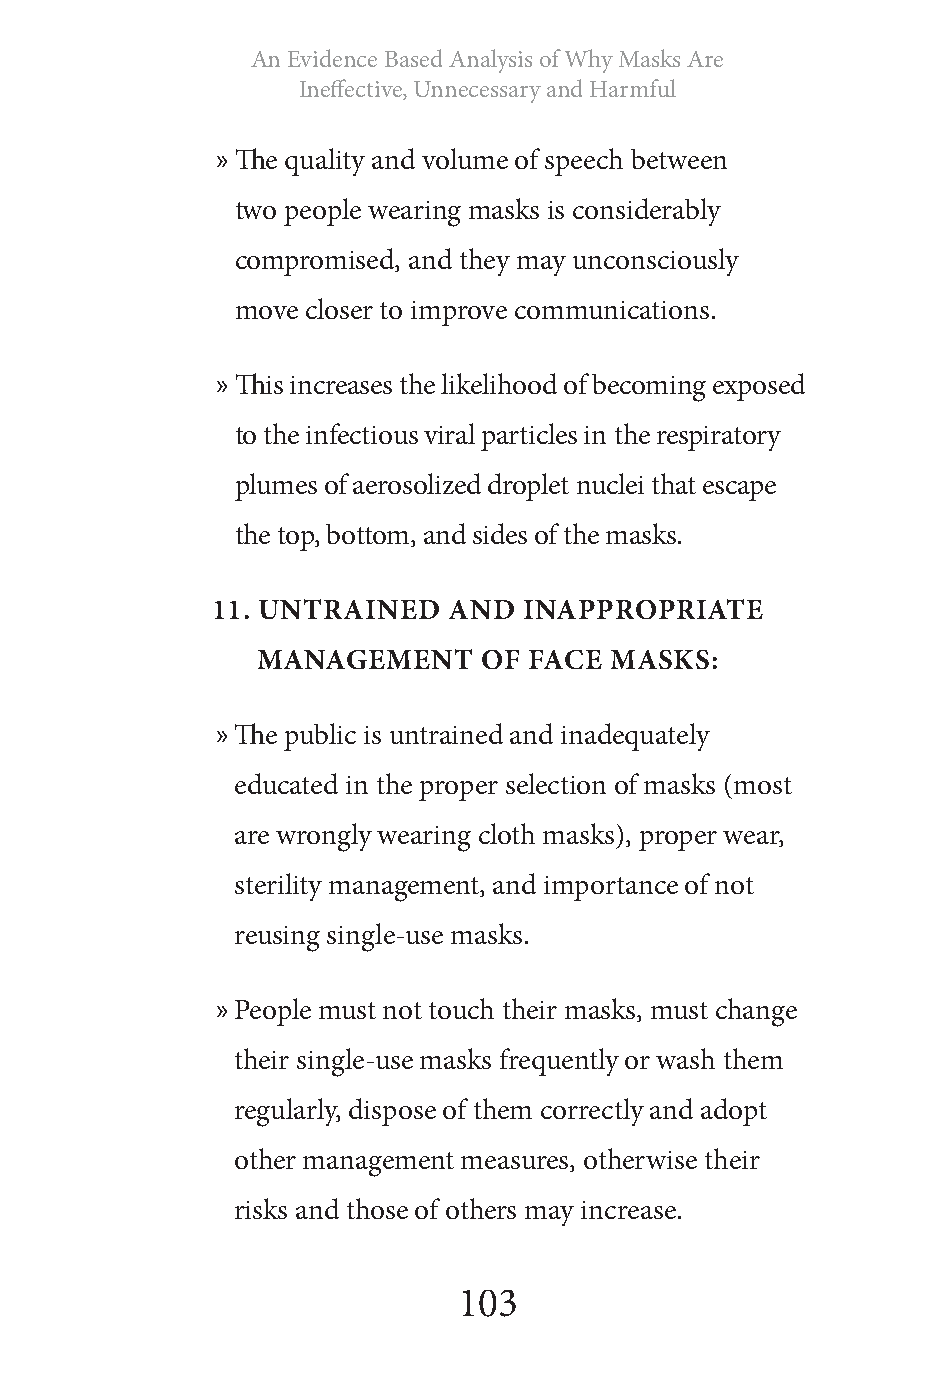
An Evidence Based Analysis of Why Masks Are
 Ineffective, Unnecessary and Harmful
 » The quality and volume of speech between
 two people wearing masks is considerably
 compromised, and they may unconsciously
 move closer to improve communications.
 » This increases the likelihood of becoming exposed
 to the infectious viral particles in the respiratory
 plumes of aerosolized droplet nuclei that escape
 the top, bottom, and sides of the masks.
 11. UNTRAINED   AND  INAPPROPRIATE
 MANAGEMENT     OF FACE MASKS:
 » The public is untrained and inadequately
 educated in the proper selection of masks (most
 are wrongly wearing cloth masks), proper wear,
 sterility management, and importance of not
 reusing single-use masks.
 » People must not touch their masks, must change
 their single-use masks frequently or wash them
 regularly, dispose of them correctly and adopt
 other management measures, otherwise their
 risks and those of others may increase.
 103